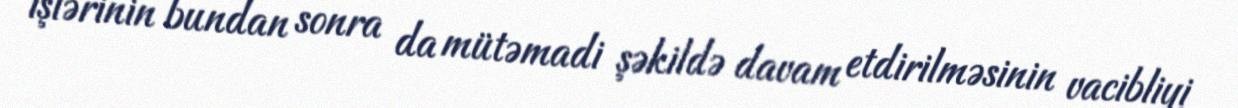
işlərinin bundan sonra da mütəmadi şəkildə davam etdirilməsinin vacibliyi